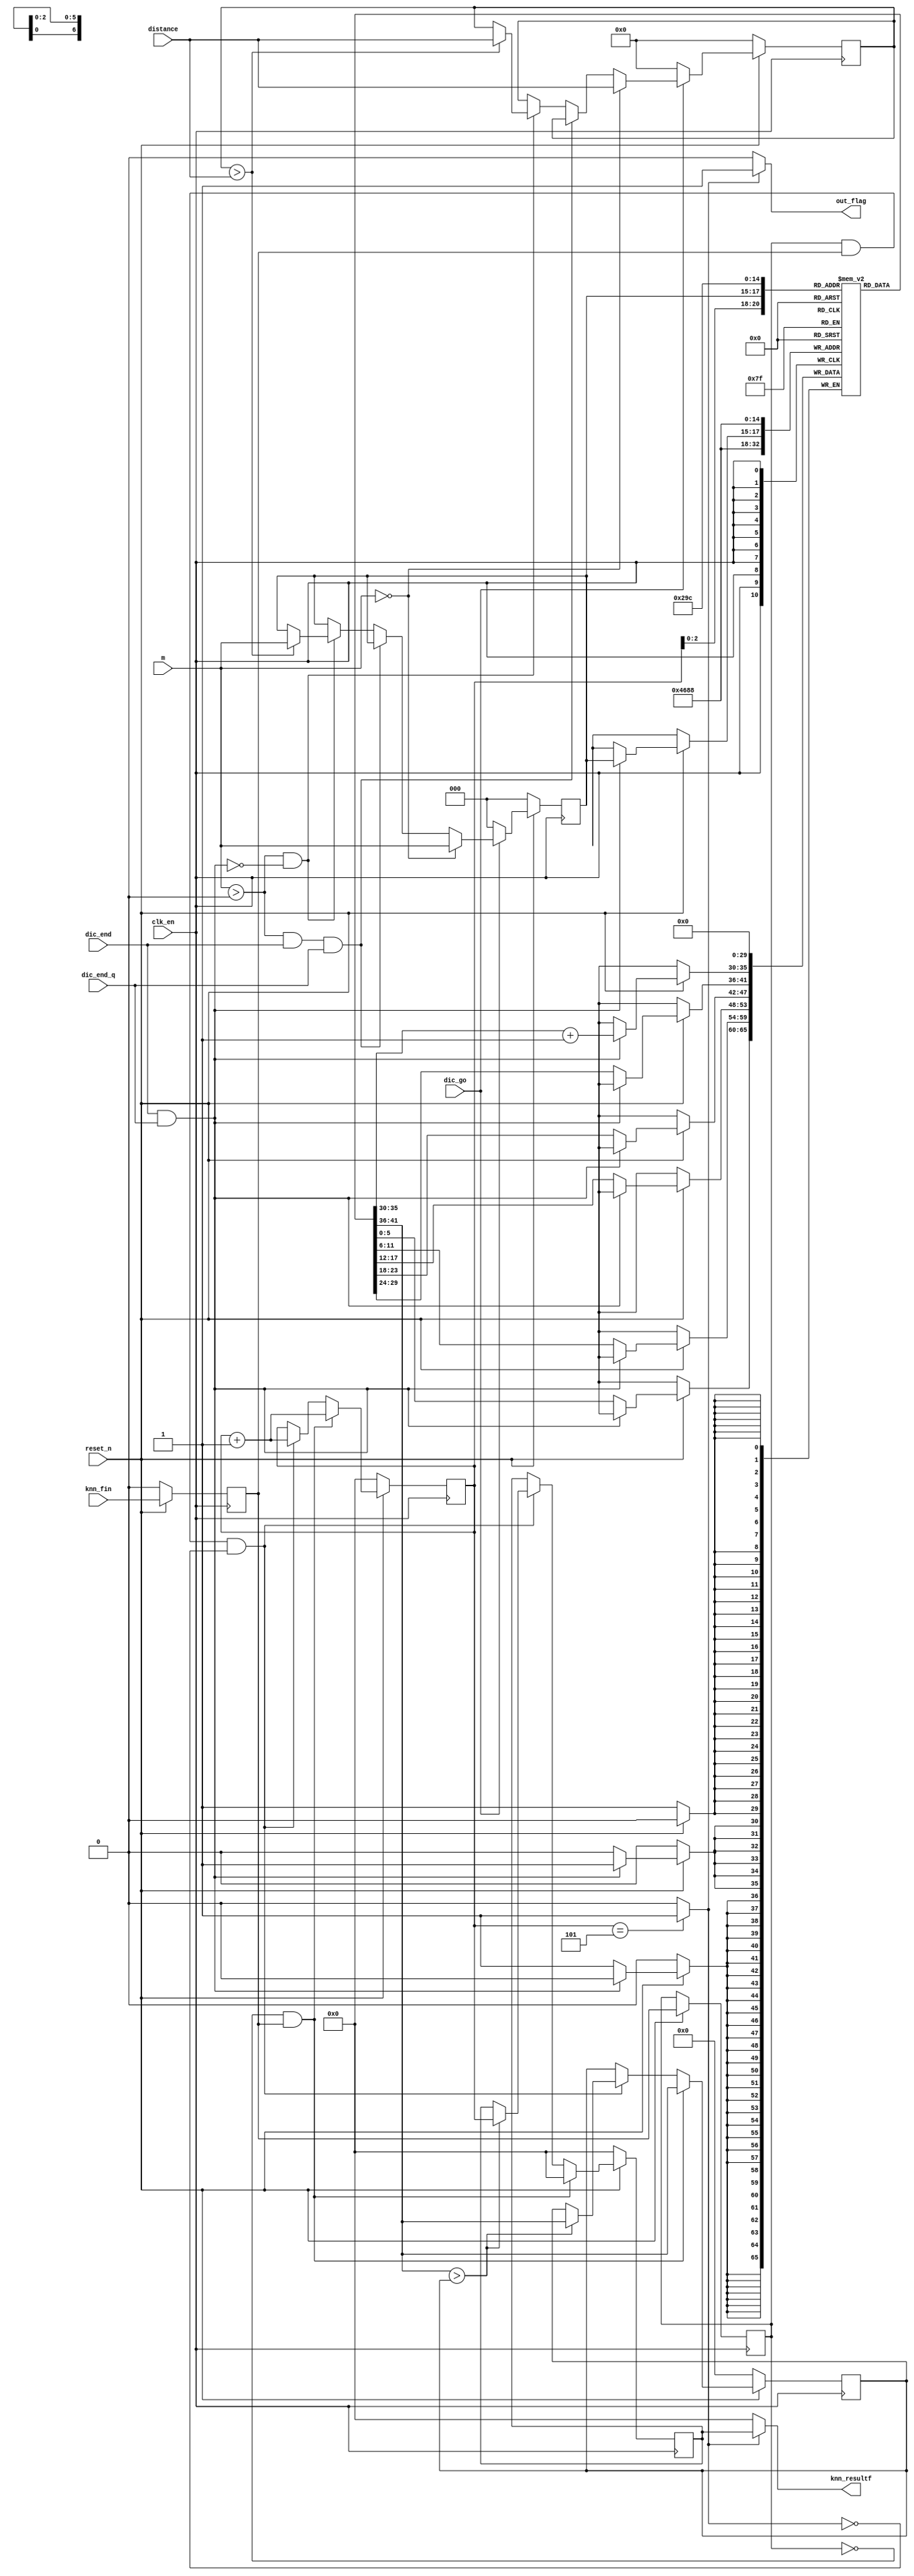
module knn_result #(
           parameter knn = 4,
           parameter color_num = 5
       ) (
           input clk_en,
           input reset_n,
           input dic_go,                //

           input [13: 0] distance,    //
           input [2: 0] m,           //

           input dic_end,               //
           input dic_end_q,             //
           input knn_fin,               //knn

           output [3: 0] knn_resultf,    //
           output out_flag             //
       );

//
reg [13: 0] min;       //
reg [2: 0] min_p;     //
always @(posedge clk_en) begin
    if (!reset_n) begin
        min <= 0;
        min_p <= 0;
    end
    else if (dic_go) begin   //
        if (m == 0) begin      //??
            min <= distance;
            min_p <= m;
        end
        else if (m > 0 & dic_end & dic_end_q) begin     //
            min <= min;
            min_p <= min_p;
        end
        else if (m > 0 & (!(dic_end & dic_end_q))) begin   //
            if (min > distance) begin
                min <= distance;
                min_p <= m;
            end
            else begin
                min <= min;
                min_p <= min_p;
            end
        end
        else begin
            min <= min;
            min_p <= min_p;
        end
    end
    else begin
        min <= 0;
        min_p <= 0;
    end
end

/*knn*/
//knn
//+1
reg [5: 0] color_cnt [0: color_num - 1];      //
always@(posedge clk_en) begin
    if (!reset_n) begin
        color_cnt[0] <= 0;
        color_cnt[1] <= 0;
        color_cnt[2] <= 0;
        color_cnt[3] <= 0;
        color_cnt[4] <= 0;
    end
    else if (dic_end & dic_end_q) begin    //
        color_cnt[min_p] <= color_cnt[min_p] + 1;
    end
    else begin
        color_cnt[0] <= color_cnt[0];
        color_cnt[1] <= color_cnt[1];
        color_cnt[2] <= color_cnt[2];
        color_cnt[3] <= color_cnt[3];
        color_cnt[4] <= color_cnt[4];
    end
end

//knn
reg q0;
reg q1;
wire fin;
always@(posedge clk_en) begin
    if (!reset_n) begin
        q0 <= 0;
    end
    else begin
        q0 <= knn_fin;
        q1 <= q0;
    end
end
assign fin = ~q1 & q0;

reg [3: 0] max_cnt;  //
reg [5: 0] max;      //
reg [3: 0] max_p;    //
wire stop;          //
assign stop = (max_cnt == color_num) ? 1 : 0;
always@(posedge clk_en) begin
    if (!reset_n) begin
        max <= 0;
        max_p <= 0;
        max_cnt <= 0;
    end
    else if (fin) begin               //
        max_cnt <= max_cnt + 1;
        max_p <= 0;
        max <= color_cnt[max_cnt];
    end
    else if (q1 & q0 & !stop) begin               //knn
        if (color_cnt[max_cnt] > max) begin
            max <= color_cnt[max_cnt];
            max_p <= max_cnt;
        end
        else begin
            max_p <= max_p;
            max <= max;
        end
        max_cnt <= max_cnt + 1;
    end
    else begin
        max_cnt <= max_cnt;
    end
end
assign knn_resultf = stop ? max_p : 0;           //knn
assign out_flag = stop ? 1 : 0;                  //

endmodule